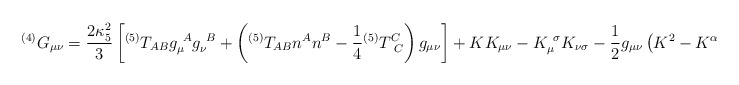
\begin{align*}{}^{(4)}G_{\mu\nu} = {2 \kappa_5^2 \over 3}\left[{}^{(5)}T_{AB}g^{~A}_{\mu} g^{~B}_{\nu} +\left({}^{(5)}T_{AB}n^A n^B-{1 \over4}{}^{(5)}T^C_{~C}\right) g_{\mu\nu} \right] + KK_{\mu\nu} -K^{~\sigma}_{\mu}K_{\nu\sigma} -{1 \over 2}g_{\mu\nu} \left(K^2-K^{\alpha\beta}K_{\alpha\beta}\right) - E_{\mu\nu}, \end{align*}